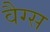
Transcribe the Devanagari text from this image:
वैग्स